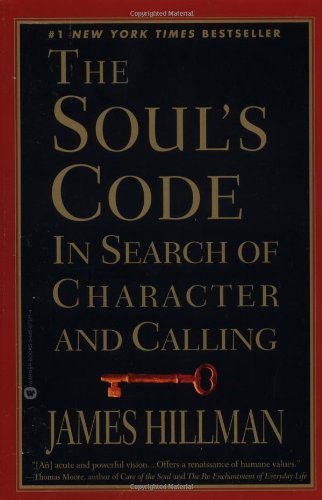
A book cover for The Soul's Code: In Search of Character and Calling; James Hillman; Religion & Spirituality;